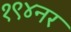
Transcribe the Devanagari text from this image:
१९४नर